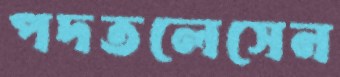
পদতলেসেন